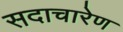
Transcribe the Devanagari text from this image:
सदाचारेण